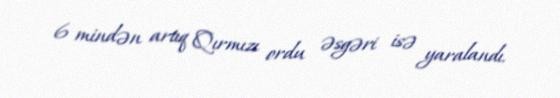
6 mindən artıq Qırmızı ordu əsgəri isə yaralandı.